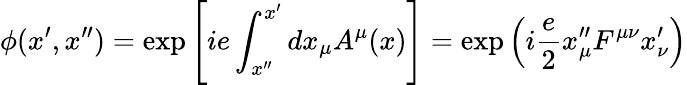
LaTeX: \phi(x^{\prime},x^{\prime\prime})=\exp\left[ie\int_{x^{\prime\prime}}^{x^{\prime}}dx_{\mu}A^{\mu}(x)\right]=\exp\left(i{\frac{e}{2}}x_{\mu}^{\prime\prime}F^{\mu\nu}x_{\nu}^{\prime}\right)